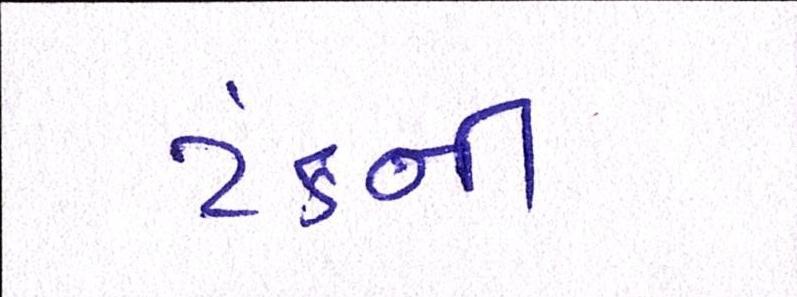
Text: ટંકની